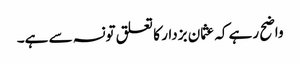
واضح رہے کہ عثمان بزدار کا تعلق تونسہ سے ہے۔